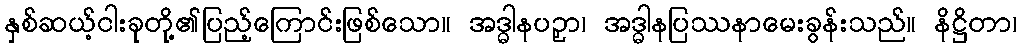
နှစ်ဆယ့်ငါးခုတို့၏ပြည့်ကြောင်းဖြစ်သော။ အဒ္ဓါနပဉှာ၊ အဒ္ဓါနပြဿနာမေးခွန်းသည်။ နိဋ္ဌိတာ၊